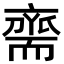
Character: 𮋡